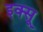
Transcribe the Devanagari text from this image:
इक्सू